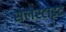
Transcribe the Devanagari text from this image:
सेलेस्टाइट